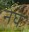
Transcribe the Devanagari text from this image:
नेघे